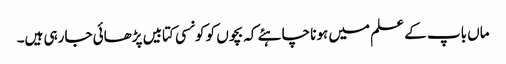
ماں باپ کے علم میں ہونا چاہئے کہ بچوں کو کونسی کتابیں پڑھائی جارہی ہیں۔